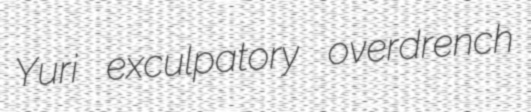
Yuri exculpatory overdrench